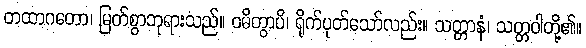
တထာဂတော၊ မြတ်စွာဘုရားသည်။ ဝဓိတွာပိ၊ ရိုက်ပုတ်သော်လည်း။ သတ္တာနံ၊ သတ္တဝါတို့၏။